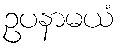
ဥပနာမယံ